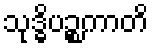
သုဒ္ဓိပဉ္စကာတိ